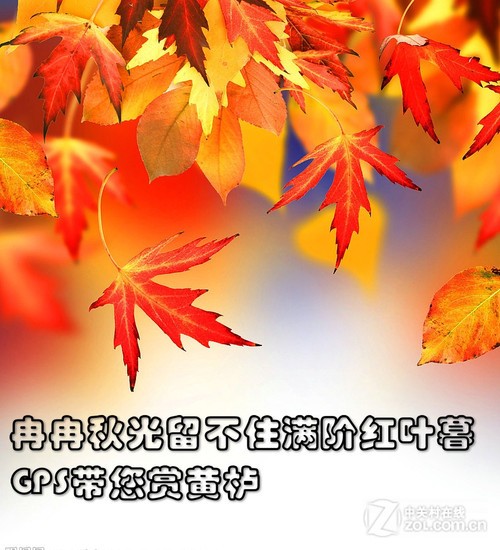
冉冉秋光留不住，满阶红叶暮。